Vaccination in Bombay 1863-1868 - 1863-1868
Year: 1863
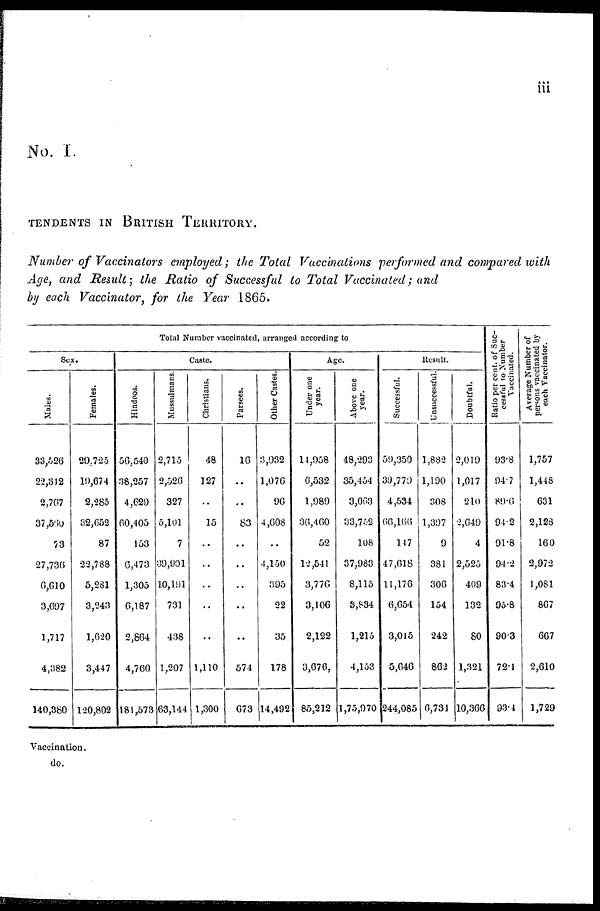
iii
No. I.
TENDENTS IN BRITISH TERRITORY.
Number of Vaccinators employed ; the Total Vaccinations performed and compared with
Age, and Result ; the Ratio of Successful to Total Vaccinated ; and
by each Vaccinator, for the Year 1865.
Total Number vaccinated, arranged According to
Sex.
Males.
33,526
22,312
2,767
37,560
73
27,736
6,610
3,697
1,717
4,382
140,380
Females.
29,725
19,674
2,285
32,652
87
22,788
5,281
3,243
1,620
3,447
120,802
Caste.
Hindoos.
56,540
38,257
4,629
60,405
153
6,473
1,305
6,187
2,864
4,760
181,573
Mussulmans.
2,715
2,526
327
5,101
7
39,901
10,191
731
438
1,207
63,144
Christians.
48
127
..
15
..
..
..
..
..
1,110
1,300
Parsees.
16
..
..
83
..
..
..
..
..
574
673
Other Castes.
3,932
1,076
96
4,608
..
4,150
395
22
35
178
14,492
Age.
Under one
year.
14,958
6,532
1,989
36,460
52
12,541
3,776
3,106
2,122
3,676,
85,212
Above one
year.
48,293
35,454
3,063
33,752
108
37,983
8,115
3,834
1,215
4,153
1,75,970
Result.
Successful.
59,350
39,779
4,534
66,166
147
47,618
11,176
6,654
3,015
5,646
244,085
Unsuccessful.
1,882
1,190
308
1,397
9
381
306
154
242
862
6,731
Doubtful.
2,019
1,017
210
2,649
4
2,525
409
132
80
1,321
10,366
Ratio per cent. of Suc-
cessful to Number
Vaccinated.
93.8
94.7
89.6
94.2
91.8
94.2
83.4
95.8
90.3
72.1
93.4
Average Number of
persons vaccinated by
each Vaccinator.
1,757
1,448
631
2,128
160
2,972
1,081
867
667
2,610
1,729
Vaccination.
do.